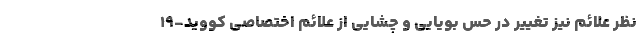
نظر علائم نیز تغییر در حس بویایی و چشایی از علائم اختصاصی کووید-۱۹